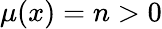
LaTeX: \mu(x)=n>0